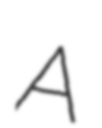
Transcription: A